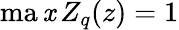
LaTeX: \operatorname*{ma\mathit{x}}Z_{q}(z)=1